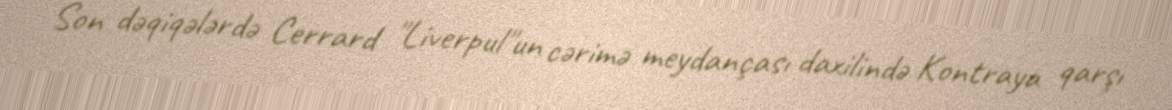
Son dəqiqələrdə Cerrard "Liverpul"un cərimə meydançası daxilində Kontraya qarşı